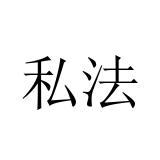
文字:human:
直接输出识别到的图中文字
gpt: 私法